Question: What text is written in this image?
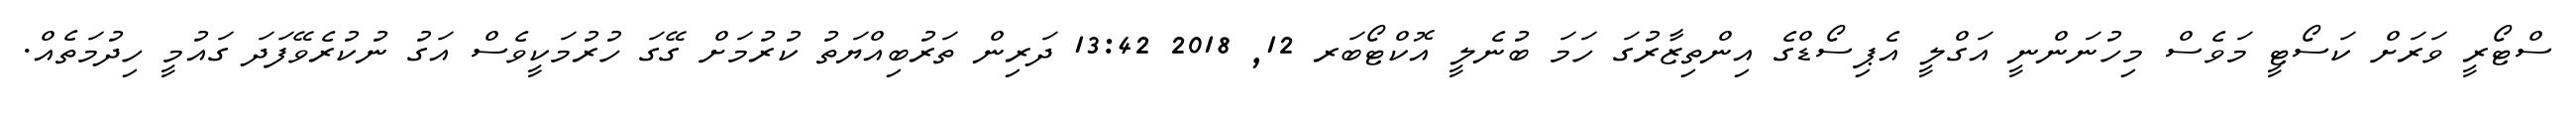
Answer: ސްޓޯރީ ވަރަށް ކަސޯޓީ މަވެސް މިހުނަންނީ އަގްލީ އެޕިސޯޑްގެ އިންތިޒާރުގަ ހަމަ ބުނެލީ އޮކްޓޯބަރ 12, 2018 13:42 ދަރިން ތަރުބިއްޔަތު ކުރުމަށް ގޭގަ ހުރުމަކީވެސް އަގު ނުކުރެވޭފަދަ ގައުމީ ހިދުމަތެއް.